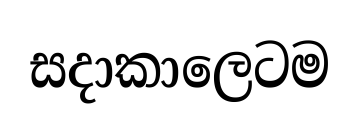
සදාකාලෙටම